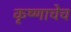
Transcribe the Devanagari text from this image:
कृष्णाचेच